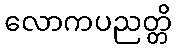
လောကပညတ္တိ